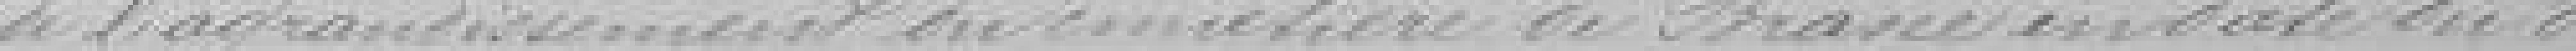
de l'agrandissement du cimetière de Brasse en date du 8